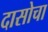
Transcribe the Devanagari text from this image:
दासोचा